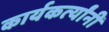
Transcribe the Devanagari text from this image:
कार्यकर्त्‍यांनी